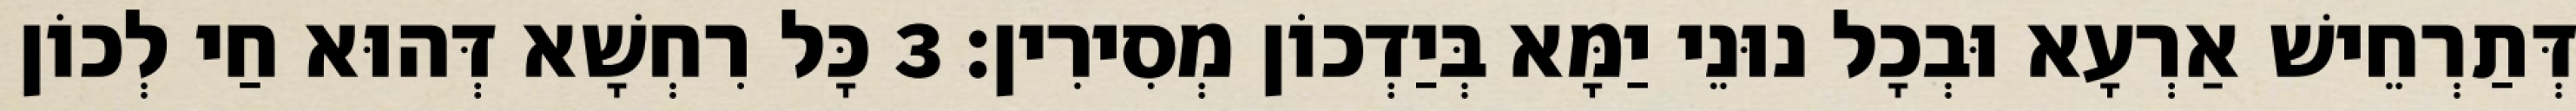
דְּתַרְחֵישׁ אַרְעָא וּבְכָל נוּנֵי יַמָּא בְּיַדְכוֹן מְסִירִין׃ 3 כָּל רִחְשָׁא דְּהוּא חַי לְכוֹן